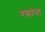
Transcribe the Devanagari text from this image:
रसांना